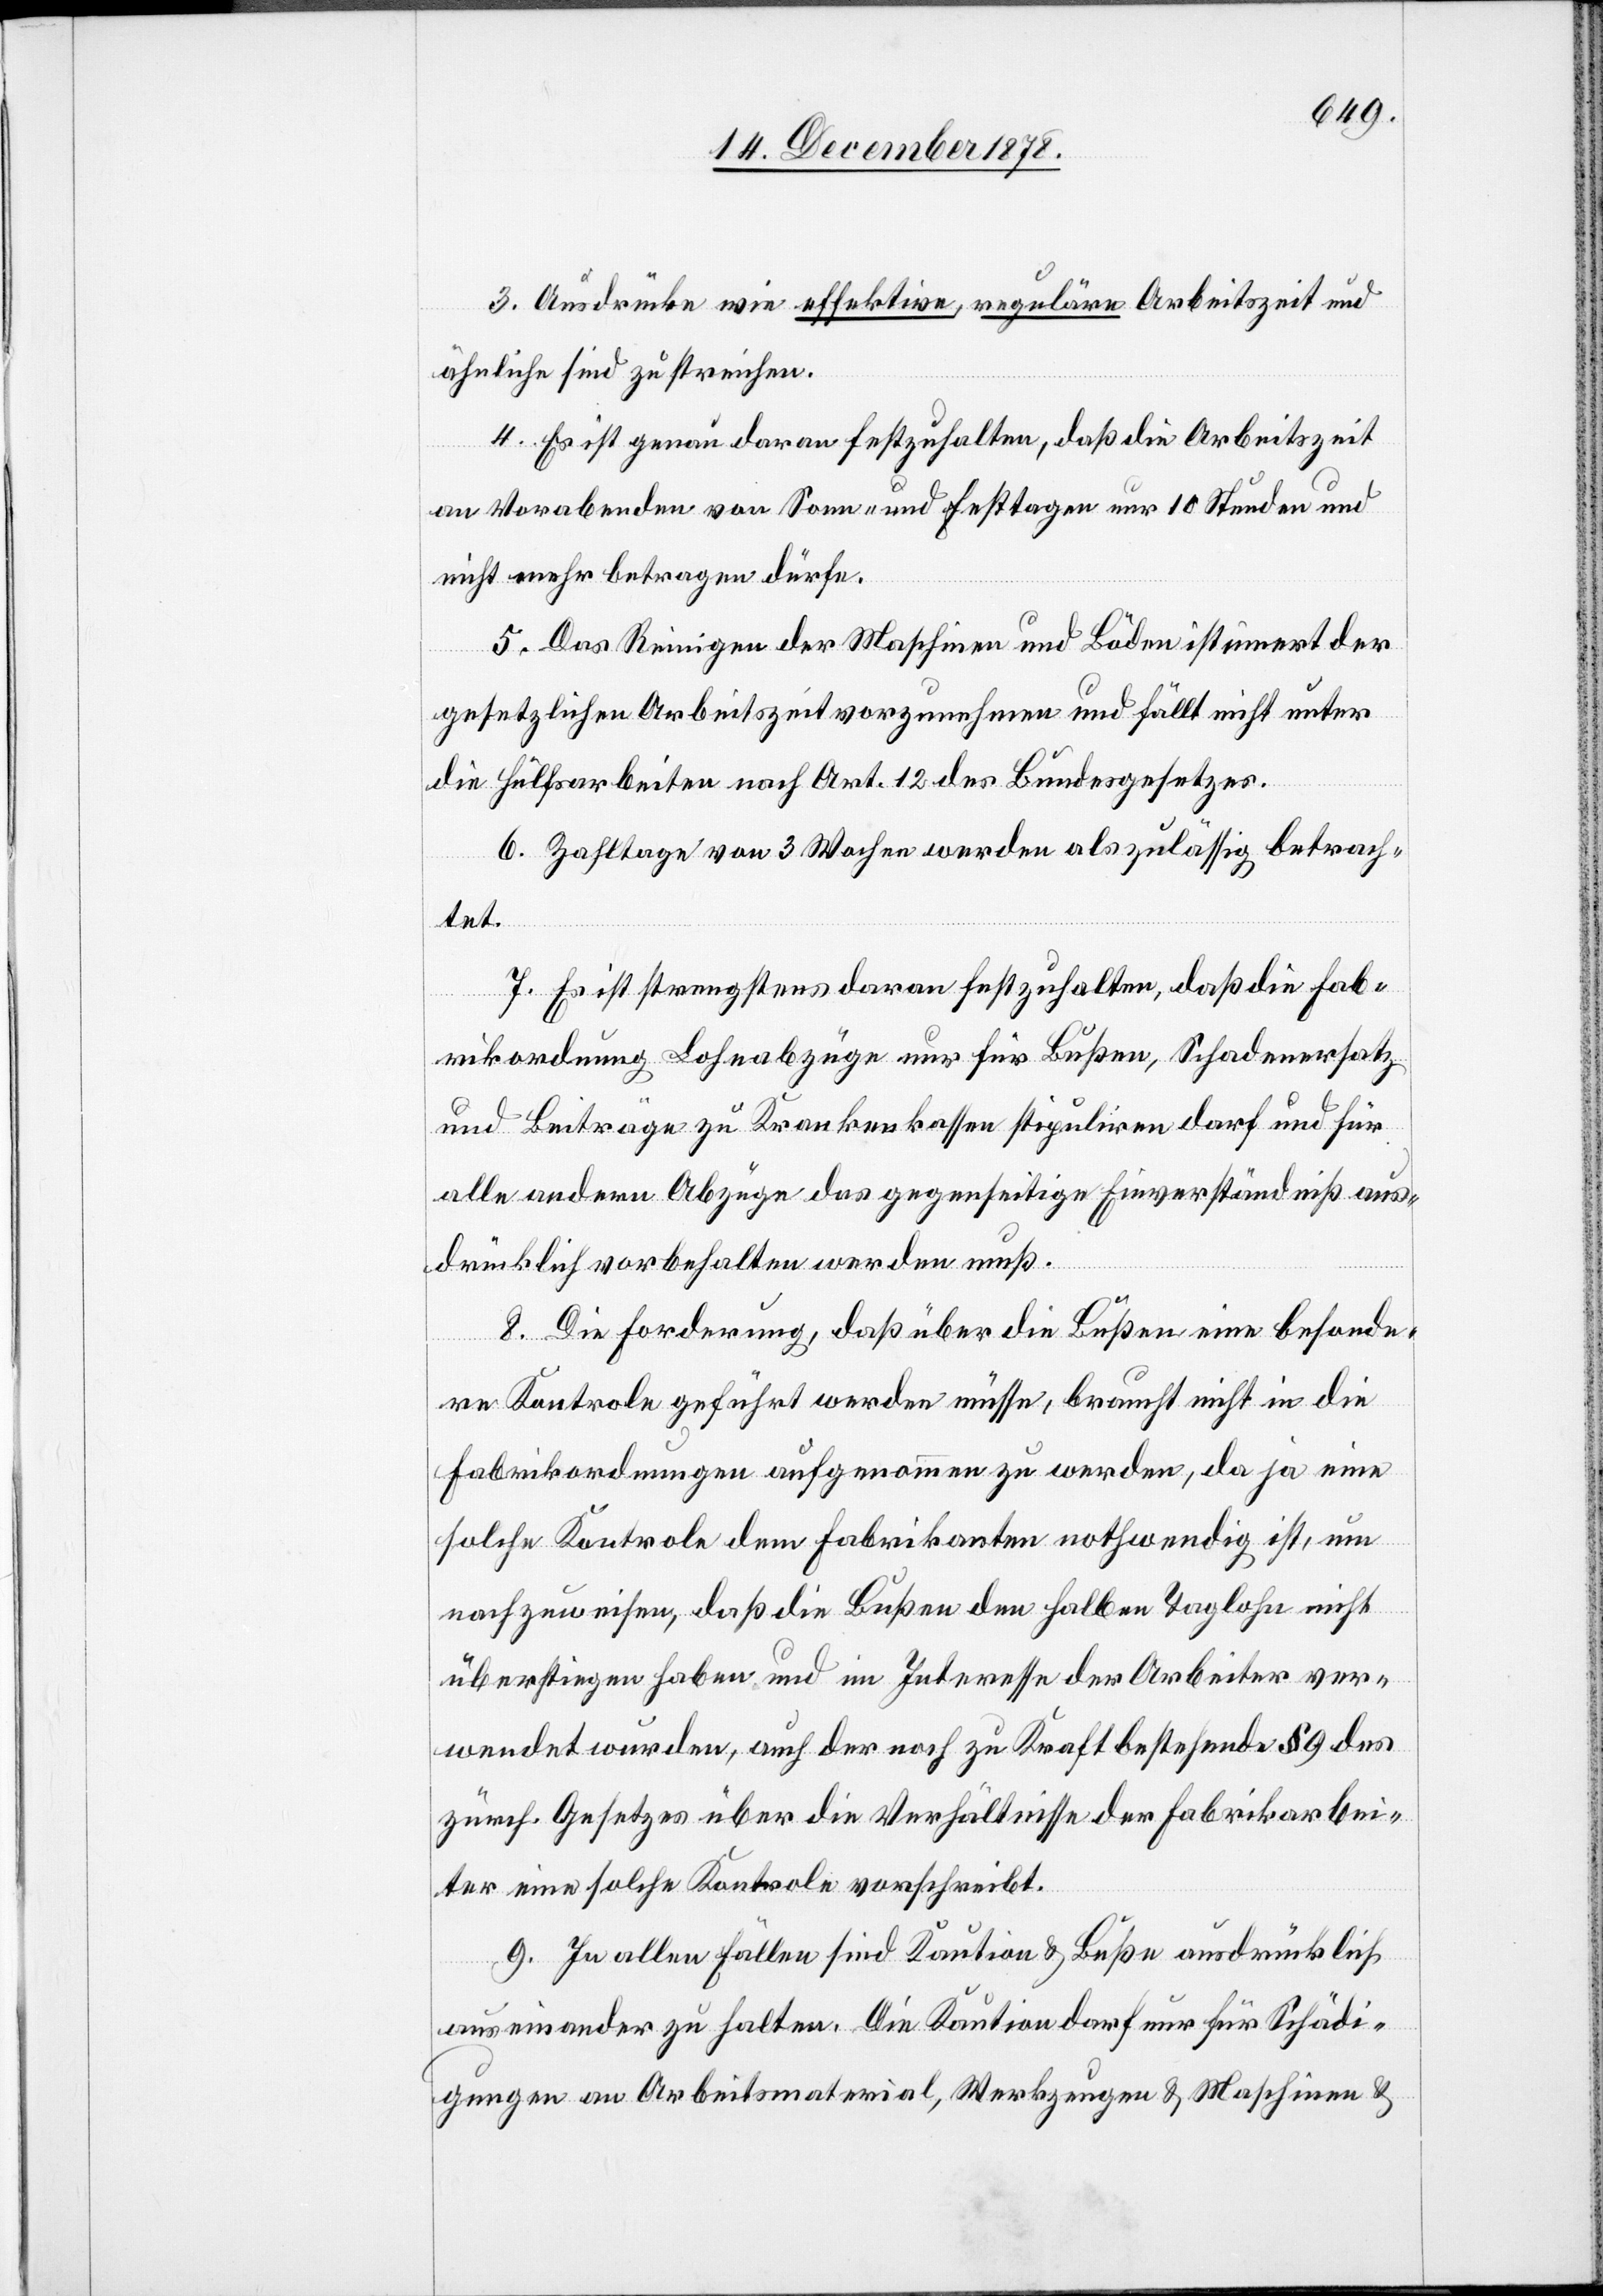
3. Ausdrücke wie effektive, reguläre Arbeitszeit und
ähnliche sind zu streichen.
4. Es ist genau daran festzuhalten, daß die Arbeitszeit
an Vorabenden von Sonn- und Festtagen nur 10 Stunden und
nicht mehr betragen dürfe.
5. Das Reinigen der Maschinen und Böden ist innert der
gesetzlichen Arbeitszeit vorzunehmen und fällt nicht unter
die Hülfsarbeiten nach Art. 12 des Bundesgesetzes.
6. Zahltage von 3 Wochen werden als zulässig betrach¬
tet.
7. Es ist strengstens daran festzuhalten, daß die Fab¬
rikordnung Lohnabzüge nur für Bußen, Schadenersatz
und Beiträge zu Krankenkassen stipuliren darf und für
alle andern Abzüge das gegenseitige Einverständniß aus¬
drücklich vorbehalten werden muß.
8. Die Forderung, daß über die Bußen eine besonde¬
re Kontrole geführt werden müsse, braucht nicht in die
Fabrikordnungen aufgenommen zu werden, da ja eine
solche Kontrole dem Fabrikanten nothwendig ist, um
nachzuweisen, daß die Bußen den halben Taglohn nicht
überstiegen haben und im Interesse der Arbeiter ver¬
wendet wurden, auch der noch zu Kraft bestehende § 9 des
zürch. Gesetzes über die Verhältnisse der Fabrikarbei¬
ter eine solche Kontrole vorschreibt.
9. In allen Fällen sind Kaution & Buße ausdrücklich
auseinander zu halten. Die Kaution darf nur für Schädi¬
gungen an Arbeitsmaterial, Werkzeugen & Maschinen &